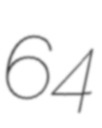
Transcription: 64